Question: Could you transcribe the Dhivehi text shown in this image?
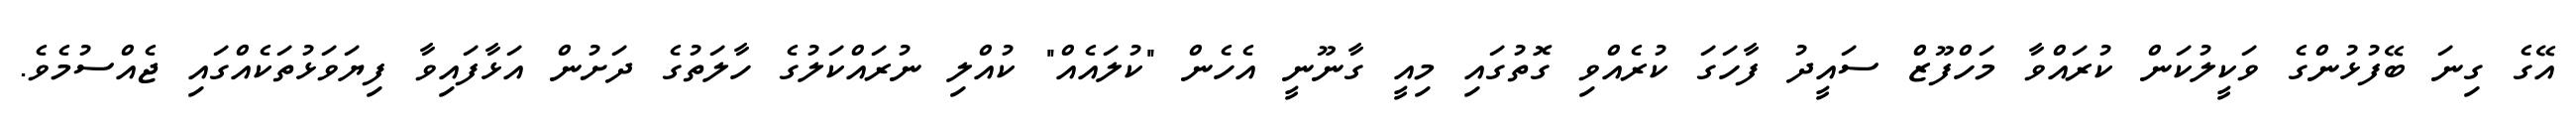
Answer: އޭގެ ގިނަ ބޭފުޅުންގެ ވަކީލުކަން ކުރައްވާ މަހްފޫޒް ސައީދު ފާހަގަ ކުރެއްވި ގޮތުގައި މިއީ ގާނޫނީ އެހެން "ކުލައެއް" ކުއްލި ނުރައްކަލުގެ ހާލަތުގެ ދަށުން އަޅާފައިވާ ފިޔަވަޅުތަކެއްގައި ޖެއްސުމެވެ.